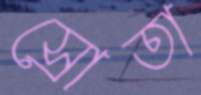
স্রোতা